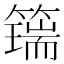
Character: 𥵇